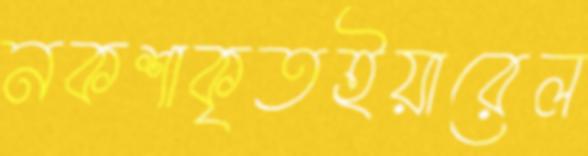
নকশাকৃতইয়ারেল